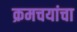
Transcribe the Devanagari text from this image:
क्रमचयांचा